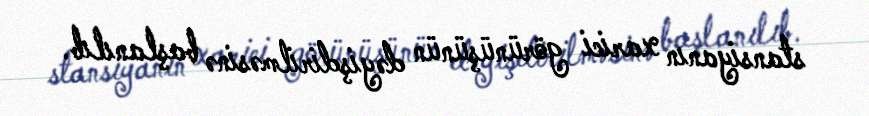
stansiyanın xarici görünüşünün dəyişdirilməsinə başlanılıb.